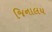
જિનાલય